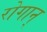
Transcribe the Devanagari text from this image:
रोगान्